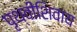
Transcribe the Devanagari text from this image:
पृथ्वीशिवाय